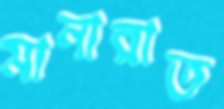
মানারাত